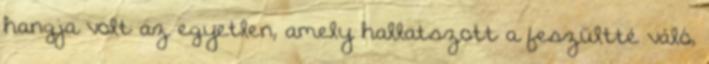
hangja volt az egyetlen, amely hallatszott a feszültté váló,